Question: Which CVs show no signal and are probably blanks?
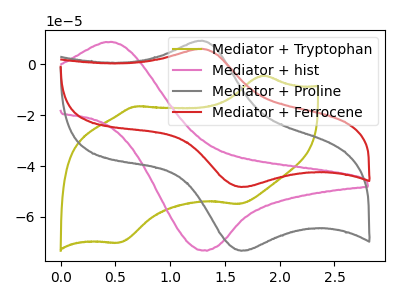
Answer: <think>The olive curve "Mediator + Tryptophan" has anodic peaks at (1.85V, -4.45uA) (0.70V, -16.50uA) and cathodic peaks at (1.65V, -54.95uA) (0.55V, -70.15uA). The pink curve "Mediator + hist" has an anodic peak at (0.45V, 8.80uA) and a cathodic peak at (1.30V, -73.10uA). The gray curve "Mediator + Proline" has an anodic peak at (1.30V, 9.35uA) and a cathodic peak at (1.65V, -73.35uA). The red curve "Mediator + Ferrocene" has an anodic peak at (1.30V, 6.15uA) and a cathodic peak at (1.65V, -48.25uA).</think>
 <answer>There are not any CV's on this graph that are likely to be blanks.</answer>
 <eval>none</eval>